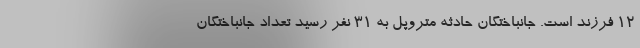
۱۲ فرزند است. جانباختگان حادثه متروپل به ۳۱ نفر رسید تعداد جانباختگان